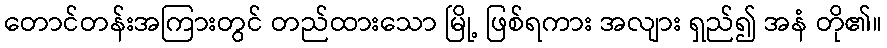
တောင်တန်းအကြားတွင် တည်ထားသော မြို့ ဖြစ်ရကား အလျား ရှည်၍ အနံ တို၏။